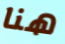
هنا